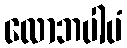
လောဘပါပံ